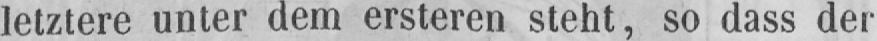
letztere unter dem ersteren steht, so dass der